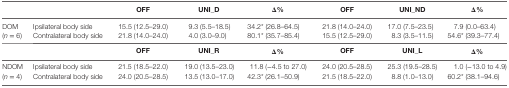
<table><thead><tr><td></td><td></td><td><b>OFF</b></td><td><b>UNI_D</b></td><td><b>Δ%</b></td><td><b>OFF</b></td><td><b>UNI_ND</b></td><td><b>Δ%</b></td></tr></thead><tbody><tr><td rowspan="2">DOM (<i>n</i> = 6)</td><td>Ipsilateral body side</td><td>15.5 (12.5–29.0)</td><td>9.3 (5.5–18.5)</td><td>34.2* (26.8–64.5)</td><td>21.8 (14.0–24.0)</td><td>17.0 (7.5–23.5)</td><td>7.9 (0.0–63.4)</td></tr><tr><td>Contralateral body side</td><td>21.8 (14.0–24.0)</td><td>4.0 (3.0–9.0)</td><td>80.1* (35.7–85.4)</td><td>15.5 (12.5–29.0)</td><td>8.3 (3.5–11.5)</td><td>54.6* (39.3–77.4)</td></tr><tr><td></td><td></td><td><b>OFF</b></td><td><b>UNI_R</b></td><td><b>Δ%</b></td><td><b>OFF</b></td><td><b>UNI_L</b></td><td><b>Δ%</b></td></tr><tr><td rowspan="2">NDOM (<i>n</i> = 4)</td><td>Ipsilateral body side</td><td>21.5 (18.5–22.0)</td><td>19.0 (13.5–23.0)</td><td>11.8 (−4.5 to 27.0)</td><td>24.0 (20.5–28.5)</td><td>25.3 (19.5–28.5)</td><td>1.0 (−13.0 to 4.9)</td></tr><tr><td>Contralateral body side</td><td>24.0 (20.5–28.5)</td><td>13.5 (13.0–17.0)</td><td>42.3* (26.1–50.9)</td><td>21.5 (18.5–22.0)</td><td>8.8 (1.0–13.0)</td><td>60.2* (38.1–94.6)</td></tr></tbody></table>